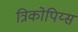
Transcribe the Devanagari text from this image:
त्रिकोपिय्स